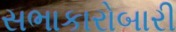
સભાકારોબારી